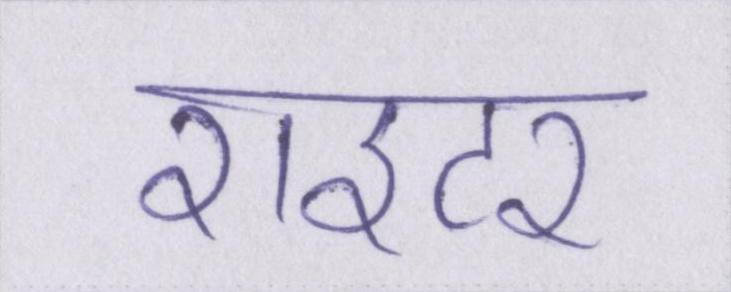
राइटर